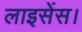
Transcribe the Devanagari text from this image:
लाइसेंस।